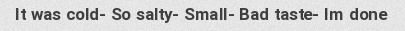
It was cold- So salty- Small- Bad taste- Im done